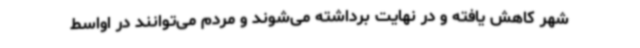
شهر کاهش یافته و در نهایت برداشته می‌شوند و مردم می‌توانند در اواسط